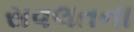
સવલતના